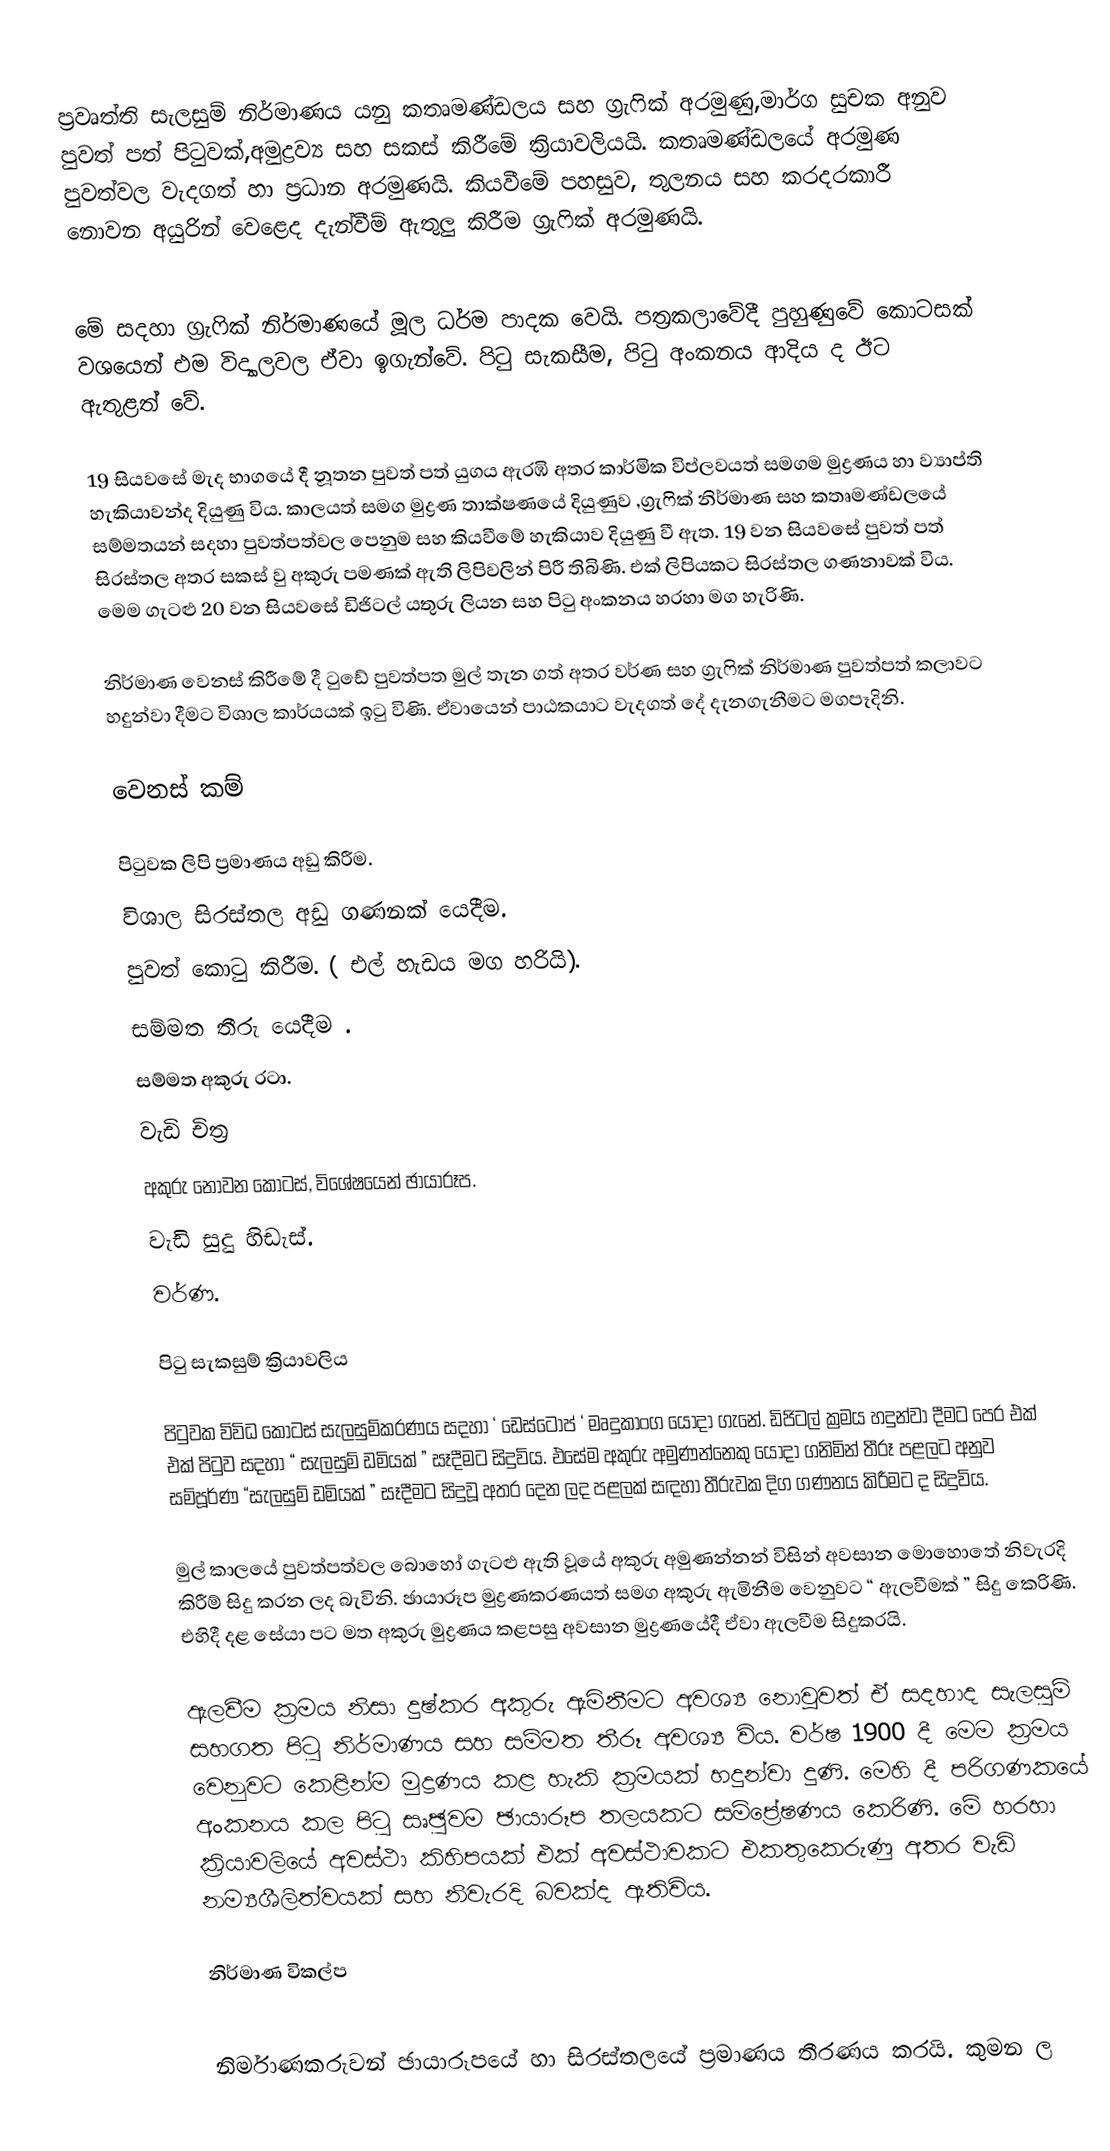
ප්‍රවෘත්ති සැලසුම් නිර්මාණය යනු කතෘමණ්ඩලය සහ ග්‍රැෆික් අරමුණු,මාර්ග සුචක අනුව පුවත් පත් පිටුවක්,අමුද්‍රව්‍ය සහ සකස් කිරීමේ ක්‍රියාවලියයි. කතෘමණ්ඩලයේ අරමුණ පුවත්වල වැදගත් හා ප්‍රධාන  අරමුණයි. කියවීමේ පහසුව, තුලනය සහ කරදරකාරී නොවන අයුරින් වෙළෙද දැන්වීම් ඇතුලු කිරීම ග්‍රැෆික් අරමුණයි.

මේ සදහා ග්‍රැෆික් නිර්මාණයේ මූල ධර්ම පාදක වෙයි. පත්‍රකලාවේදී පුහුණුවේ කොටසක් වශයෙන් එම විද්‍යාලවල ඒවා ඉගැන්වේ. පිටු සැකසීම, පිටු අංකනය ආදිය ද ඊට ඇතුළත් වේ.

19 සියවසේ මැද භාගයේ දී නූතන පුවත් පත් යුගය ඇරඹි අතර කාර්මික විප්ලවයත් සමගම මුද්‍රණය හා ව්‍යාප්ති හැකියාවන්ද දියුණු විය. කාලයත් සමග මුද්‍රණ තාක්ෂණයේ දියුණුව ,ග්‍රැෆික් නිර්මාණ සහ කතෘමණ්ඩලයේ සම්මතයන් සදහා පුවත්පත්වල පෙනුම සහ කියවීමේ හැකියාව දියුණු වී ඇත. 19 වන සියවසේ පුවත් පත් සිරස්තල අතර සකස් වු අකුරු පමණක් ඇති ලිපිවලින් පිරී තිබිණි. එක් ලිපියකට සිරස්තල ගණනාවක් විය. මෙම ගැටළු 20 වන සියවසේ ඩිජිටල් යතුරු ලියන සහ පිටු අංකනය හරහා මග හැරිණි.

නිර්මාණ වෙනස් කිරීමේ දී ටුඩේ පුවත්පත මුල් තැන ගත් අතර වර්ණ සහ ග්‍රැෆික් නිර්මාණ පුවත්පත් කලාවට හදුන්වා දීමට විශාල කාර්යයක් ඉටු විණි. ඒවායෙන් පාඨකයාට වැදගත් දේ දැනගැනීමට මගපෑදිනි.

වෙනස් කම්

පිටුවක ලිපි ප්‍රමාණය අඩු කිරීම.
 විශාල සිරස්තල අඩු ගණනක් යෙදීම.
පුවත් කොටු කිරීම. ( එල් හැඩය මග හරියි).
 සම්මත තීරු යෙදීම .
 සම්මත අකුරු රටා.
 වැඩි චිත්‍ර
 අකුරු නොවන කොටස්, විශේෂයෙන් ඡායාරූප.
වැඩි සුදු හිඩැස්.
 වර්ණ.

පිටු සැකසුම් ක්‍රියාවලිය

පිටුවක විවිධ කොටස් සැලසුම්කරණය සදහා ‘ ඩෙස්ටොප් ‘ මෘදුකාංග යොදා ගැනේ. ඩිජිටල් ක්‍රමය හදුන්වා දීමට පෙර එක් එක් පිටුව සදහා “ සැලසුම් ඩමියක් ” සෑදීමට සිදුවිය. එසේම අකුරු අමුණන්නෙකු යොදා ගනිමින් තීරූ පළලට අනුව සම්පූර්ණ “සැලසුම් ඩමියක් ” සෑදීමට සිදුවූ අතර දෙන ලද පළලක් සඳහා තීරුවක දිග ගණනය කිරීමට ද සිදුවිය.

මුල් කාලයේ පුවත්පත්වල බොහෝ ගැටළු ඇති වූයේ අකුරු අමුණන්නන් විසින් අවසාන මොහොතේ නිවැරදි කිරීම් සිදු කරන ලද බැවිනි. ඡායාරූප මුද්‍රණකරණයත් සමග අකුරු ඇමිනීම වෙනුවට “ ඇලවීමක් ” සිදු කෙරිණි. එහිදී දළ සේයා පට මත අකුරු මුද්‍රණය කළපසු අවසාන මුද්‍රණයේදී ඒවා ඇලවීම සිදුකරයි.

ඇලවීම ක්‍රමය නිසා දුෂ්කර අකුරු ඇමිනීමට අවශ්‍ය නොවූවත් ඒ සදහාද සැලසුම් සහගත පිටු නිර්මාණය සහ සම්මත තීරූ අවශ්‍ය විය. වර්ෂ 1900 දී මෙම ක්‍රමය වෙනුවට කෙළින්ම මුද්‍රණය කළ හැකි ක්‍රමයක් හදුන්වා දුණි. මෙහි දී පරිගණකයේ අංකනය කල පිටු සෘඡුවම ඡායාරූප තලයකට සම්ප්‍රේෂණය කෙරිණි. මේ හරහා ක්‍රියාවලියේ අවස්ථා කිහිපයක් එක් අවස්ථාවකට එකතුකෙරුණු අතර වැඩි නම්‍යශීලිත්වයක් සහ නිවැරදි බවක්ද ඇතිවිය.

නිර්මාණ විකල්ප

නිර්මාණකරුවන් ඡායාරූපයේ හා සිරස්තලයේ ප්‍රමාණය තීරණය කරයි. කුමන ල